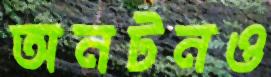
অনটনও